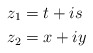
\begin{align*}z_{1} & =t+is\\z_{2} & =x+iy\end{align*}